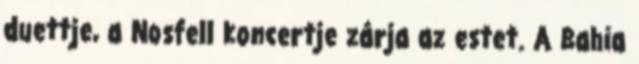
duettje, a Nosfell koncertje zárja az estet. A Bahia